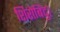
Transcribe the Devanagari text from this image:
शिरोबिंदु।